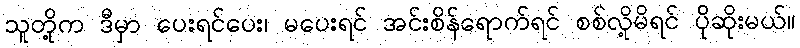
သူတို့က ဒီမှာ ပေးရင်ပေး၊ မပေးရင် အင်းစိန်ရောက်ရင် စစ်လို့မိရင် ပိုဆိုးမယ်။